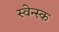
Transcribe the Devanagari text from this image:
स्वेन्स्क